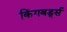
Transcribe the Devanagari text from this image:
किंगबर्ड्स